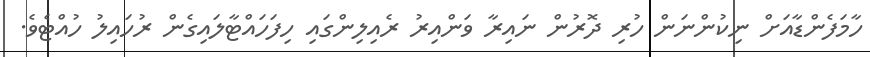
ހާމަފެންޑާއަށް ނިކުންނަން ހުރި ދޮރުން ނައިރާ ވަންއިރު ރެއިލިންގައި ހިފަހައްޓާލައިގެން ރުހައިލު ހުއްޓެވެ.